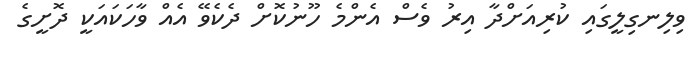
ވިލިނގިލީގައި ކުރިއަށްދާ އިރު ވެސް އެންމެ ހޫނުކޮށް ދެކެވޭ އެއް ވާހަކައަކީ ދޮށީގެ